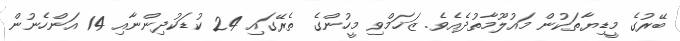
ބޭރުގެ މީޑިޔާތަކުން މައުލޫމާތުދެއެވެ. ޒަޚަމްވި މީހުންގެ ތެރޭގައި 24 ކުޑަކުދިންނާއި 14 އަންހެނުން